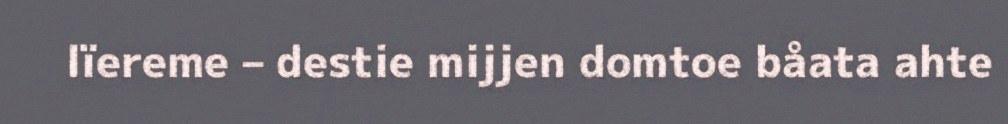
lïereme – destie mijjen domtoe båata ahte